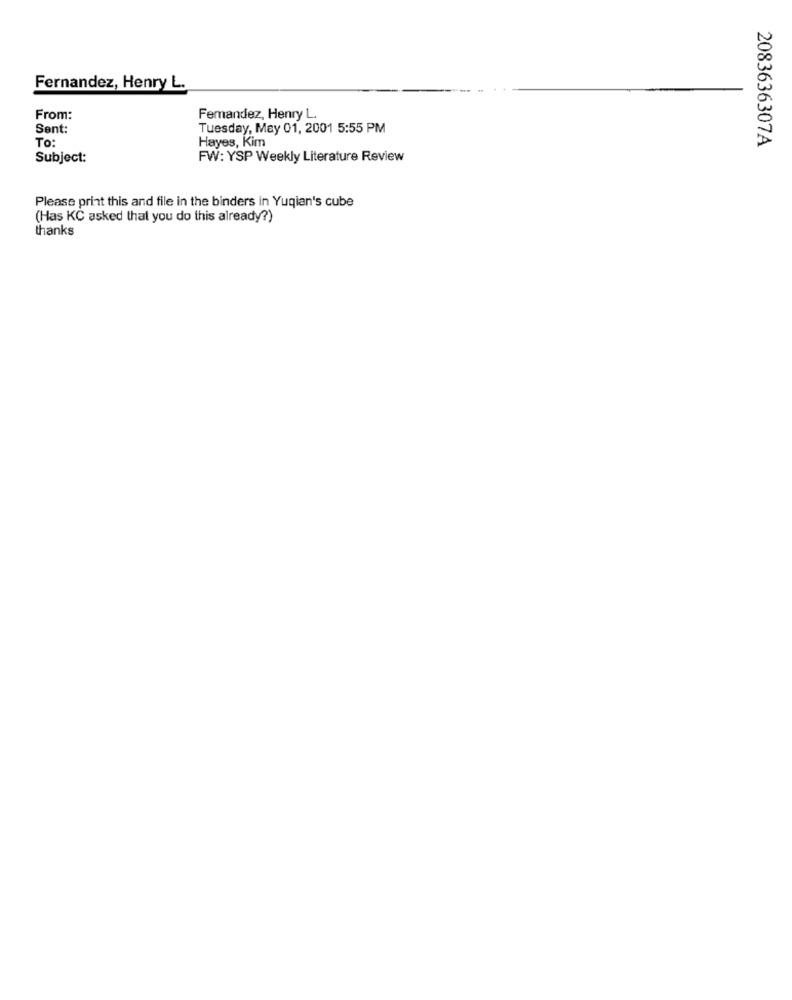
Fernandez, Henry L.
From:
Femandez, Henry L.
Sent:
Tuesday, May 01, 2001 5:55 PM
To:
2083636307A
Hayes, Kim
Subject:
FW: YSP Weekly Literature Review
Please print this and file in the binders in Yuqian's cube
(Has KČ asked that you do this already?)
thanks